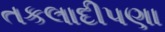
તકલાદીપણા